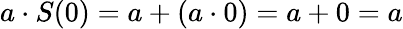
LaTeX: a\cdot S(0)=a+(a\cdot 0)=a+0=a